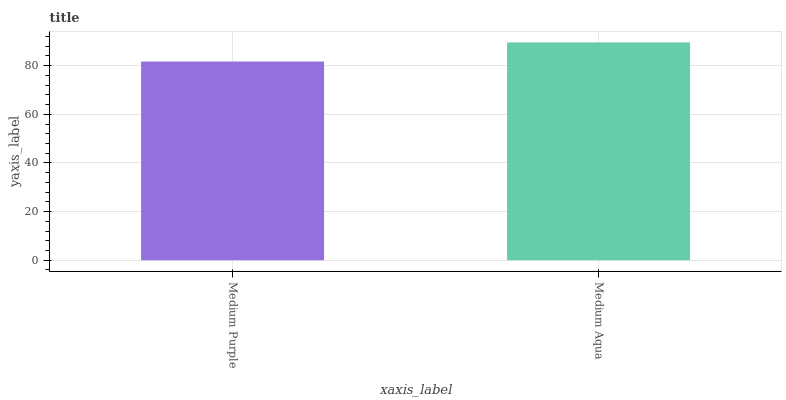
| xaxis_label | bars |
 | --- | --- |
 | Medium Purple | 81.7 |
 | Medium Aqua | 89.6 |